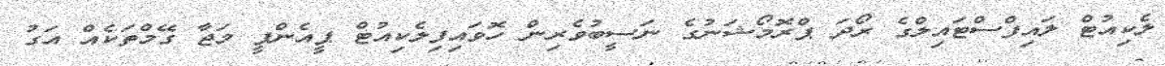
ލެކިއުޓް ލައިފްސްޓައިލްގެ ރޯދަ ޕްރޮމޯޝަނުގެ ނަސީބުވެރިން ހޮވައިފިލެކިއުޓް ޕީއެންޕީ މަޖާ ގޭމްތަކެއް އަގު